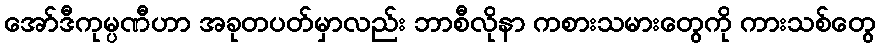
အော်ဒီကုမ္ပဏီဟာ အခုတပတ်မှာလည်း ဘာစီလိုနာ ကစားသမားတွေကို ကားသစ်တွေ